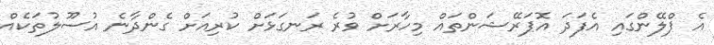
އެ ޕްލޭންގައި އެފަދަ އޮޕަރޭޝަންތައް މިހާރަށް ވުރެ ރަނގަޅަށް ކުރިއަށް ގެންދާނެ އުސޫލުތަކެއް